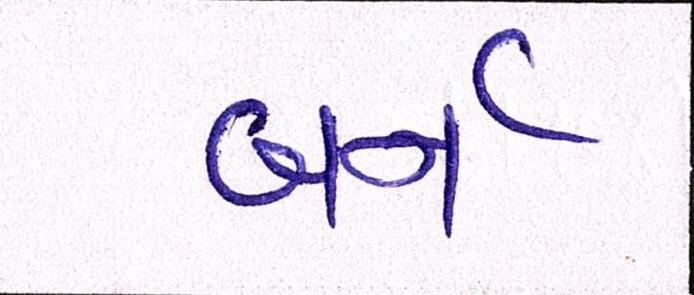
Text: બર્ન